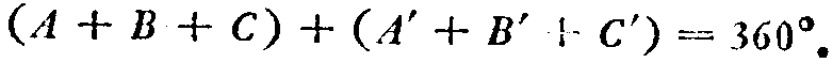
\((A + B + C)+(A' + B' + C') = 360^{\circ}\)